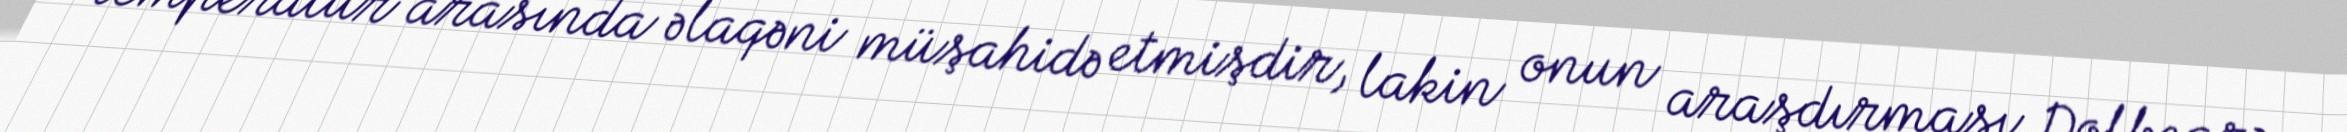
temperatur arasında əlaqəni müşahidə etmişdir, lakin onun araşdırması Dolbearə